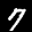
Label: 7